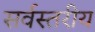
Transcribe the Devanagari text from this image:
सर्वस्तरीय